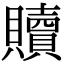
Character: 贖